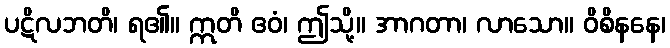
ပဋိလဘတိ၊ ရ၏။ ဣတိ ဧဝံ၊ ဤသို့။ အာဂတာ၊ လာသော။ ဝိစိနနေ၊